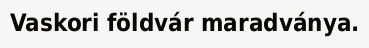
Vaskori földvár maradványa.